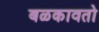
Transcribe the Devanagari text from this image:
बळकावतो